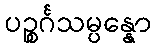
ပဉ္စင်္ဂသမ္ပန္နော